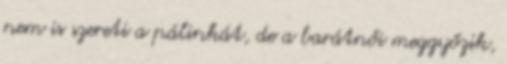
nem is szereti a pálinkát, de a barátnői meggyőzik,